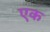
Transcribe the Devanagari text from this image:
एक